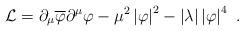
LaTeX: \begin{align*}\mathcal{L}=\partial _{\mu }\overline{\varphi }\partial ^{\mu }\varphi -\mu^{2}\left\vert \varphi \right\vert ^{2}-\left\vert \lambda \right\vert\left\vert \varphi \right\vert ^{4}~.\end{align*}